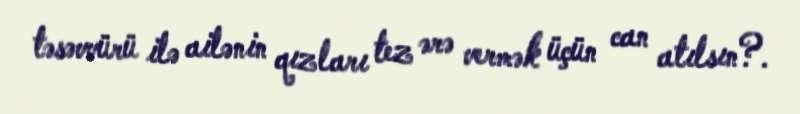
təsəvvürü ilə ailənin qızları tez ərə vermək üçün can atılsın?.